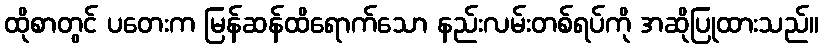
ထိုစာတွင် ပတေးက မြန်ဆန်ထိရောက်သော နည်းလမ်းတစ်ရပ်ကို အဆိုပြုထားသည်။